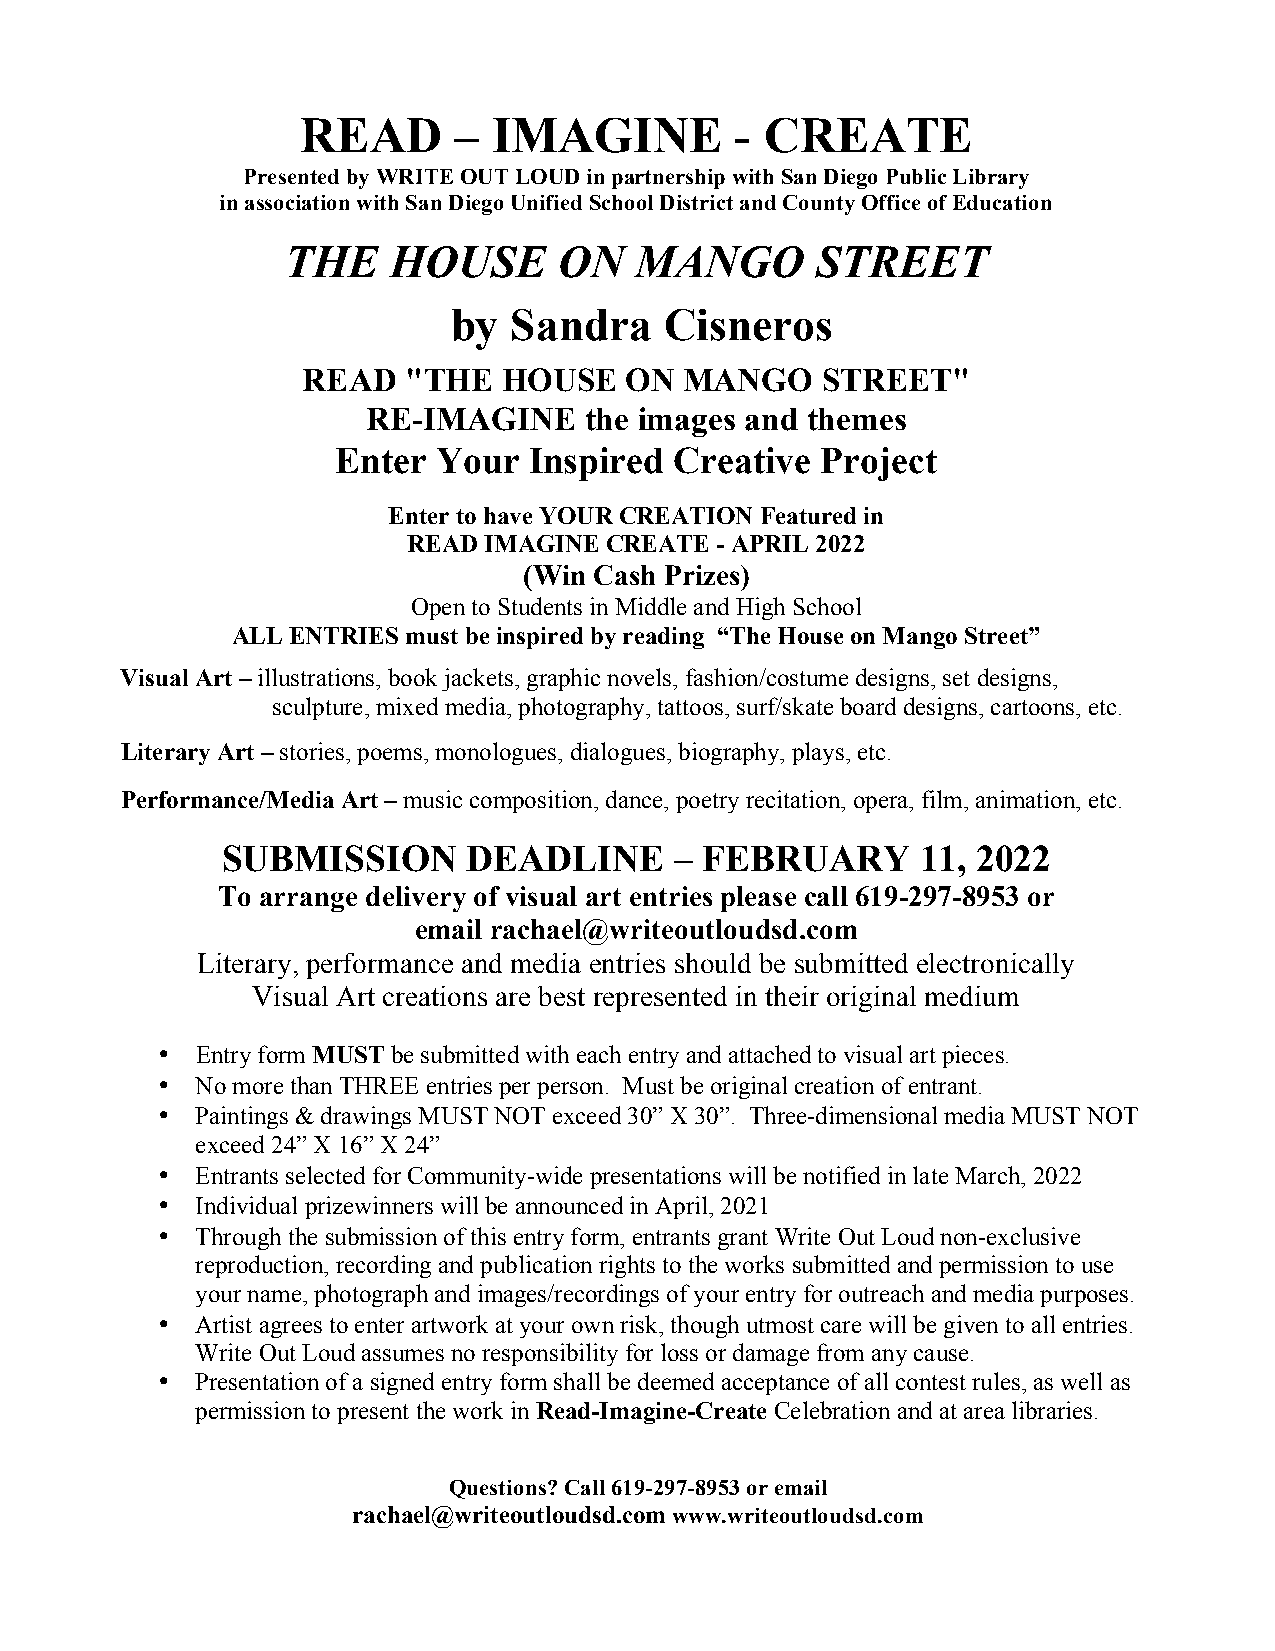
READ      –  IMAGINE         - CREATE
 Presented by WRITE OUT LOUD in partnership with San Diego Public Library
 in association with San Diego Unified School District and County Office of Education
 THE    HOUSE      ON   MANGO       STREET
 by  Sandra    Cisneros
 READ   "THE  HOUSE   ON  MANGO    STREET"
 RE-IMAGINE     the images and themes
 Enter  Your  Inspired  Creative Project
 Enter to have YOUR CREATION Featured in
 READ IMAGINE CREATE - APRIL 2022
 (Win Cash Prizes)
 Open to Students in Middle and High School
 ALL ENTRIES must be inspired by reading “The House on Mango Street”
 Visual Art – illustrations, book jackets, graphic novels, fashion/costume designs, set designs,
 sculpture, mixed media, photography, tattoos, surf/skate board designs, cartoons, etc.
 Literary Art – stories, poems, monologues, dialogues, biography, plays, etc.
 Performance/Media Art – music composition, dance, poetry recitation, opera, film, animation, etc.
 SUBMISSION      DEADLINE      – FEBRUARY      11, 2022
 To arrange delivery of visual art entries please call 619-297-8953 or
 email rachael@writeoutloudsd.com
 Literary, performance and media entries should be submitted electronically
 Visual Art creations are best represented in their original medium
 •  Entry form MUST be submitted with each entry and attached to visual art pieces.
 •  No more than THREE entries per person. Must be original creation of entrant.
 •  Paintings & drawings MUST NOT exceed 30” X 30”. Three-dimensional media MUST NOT
 exceed 24” X 16” X 24”
 •  Entrants selected for Community-wide presentations will be notified in late March, 2022
 •  Individual prizewinners will be announced in April, 2021
 •  Through the submission of this entry form, entrants grant Write Out Loud non-exclusive
 reproduction, recording and publication rights to the works submitted and permission to use
 your name, photograph and images/recordings of your entry for outreach and media purposes.
 •  Artist agrees to enter artwork at your own risk, though utmost care will be given to all entries.
 Write Out Loud assumes no responsibility for loss or damage from any cause.
 •  Presentation of a signed entry form shall be deemed acceptance of all contest rules, as well as
 permission to present the work in Read-Imagine-Create Celebration and at area libraries.
 Questions? Call 619-297-8953 or email
 rachael@writeoutloudsd.com www.writeoutloudsd.com